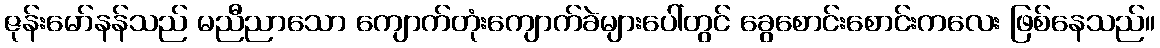
ဇုန်းမော်နန်သည် မညီညာသော ကျောက်တုံးကျောက်ခဲများပေါ်တွင် ခွေစောင်းစောင်းကလေး ဖြစ်နေသည်။